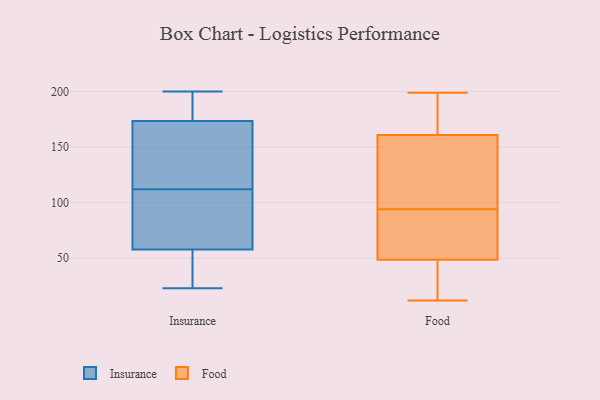
{"axis": {"x": "Operating Costs (USD K)", "y": "Value"}, "legend": ["Food", "Insurance"], "data": [{"x": "", "y": 193, "type": "Insurance"}, {"x": "", "y": 112, "type": "Insurance"}, {"x": "", "y": 41, "type": "Insurance"}, {"x": "", "y": 78, "type": "Insurance"}, {"x": "", "y": 31, "type": "Insurance"}, {"x": "", "y": 147, "type": "Insurance"}, {"x": "", "y": 53, "type": "Insurance"}, {"x": "", "y": 200, "type": "Insurance"}, {"x": "", "y": 23, "type": "Insurance"}, {"x": "", "y": 72, "type": "Insurance"}, {"x": "", "y": 177, "type": "Insurance"}, {"x": "", "y": 169, "type": "Insurance"}, {"x": "", "y": 49, "type": "Insurance"}, {"x": "", "y": 80, "type": "Insurance"}, {"x": "", "y": 108, "type": "Insurance"}, {"x": "", "y": 122, "type": "Insurance"}, {"x": "", "y": 175, "type": "Insurance"}, {"x": "", "y": 192, "type": "Insurance"}, {"x": "", "y": 116, "type": "Insurance"}, {"x": "", "y": 156, "type": "Food"}, {"x": "", "y": 49, "type": "Food"}, {"x": "", "y": 179, "type": "Food"}, {"x": "", "y": 75, "type": "Food"}, {"x": "", "y": 16, "type": "Food"}, {"x": "", "y": 117, "type": "Food"}, {"x": "", "y": 85, "type": "Food"}, {"x": "", "y": 199, "type": "Food"}, {"x": "", "y": 175, "type": "Food"}, {"x": "", "y": 106, "type": "Food"}, {"x": "", "y": 40, "type": "Food"}, {"x": "", "y": 130, "type": "Food"}, {"x": "", "y": 12, "type": "Food"}, {"x": "", "y": 60, "type": "Food"}, {"x": "", "y": 187, "type": "Food"}, {"x": "", "y": 87, "type": "Food"}, {"x": "", "y": 48, "type": "Food"}, {"x": "", "y": 42, "type": "Food"}, {"x": "", "y": 166, "type": "Food"}, {"x": "", "y": 101, "type": "Food"}]}